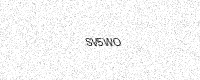
Text: SV5WO